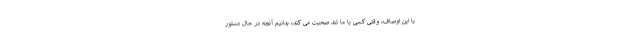
با این اوصاف، وقتی کسی با ما تند صحبت می کند، بدانیم آنچه در حال دستور